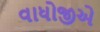
વાધોજીએ